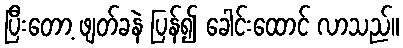
ပြီးတော့ ဖျတ်ခနဲ ပြန်၍ ခေါင်းထောင် လာသည်။